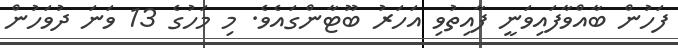
ފަހުން ބާއްވާފައިވަނީ ފާއިތުވި އަހަރު ބޫޓާންގައެވެ. މި މަހުގެ 13 ވަނަ ދުވަހުން